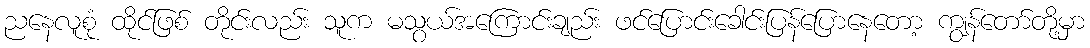
ညနေလူစုံ ထိုင်ဖြစ် တိုင်းလည်း သူက မသွယ်အကြောင်းချည်း ဖင်ပြောင်းခေါင်းပြန်ပြောနေတော့ ကျွန်တော်တို့မှာ